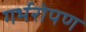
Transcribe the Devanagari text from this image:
गर्भरोपण